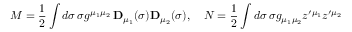
M = { \frac 1 2 } \int d \sigma \, \sigma g ^ { \mu _ { 1 } \mu _ { 2 } } \, { \bf D } _ { \mu _ { 1 } } ( \sigma ) { \bf D } _ { \mu _ { 2 } } ( \sigma ) , \quad N = { \frac 1 2 } \int d \sigma \, \sigma g _ { \mu _ { 1 } \mu _ { 2 } } z ^ { \prime \mu _ { 1 } } z ^ { \prime \mu _ { 2 } }